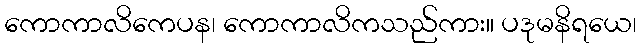
ကောကာလိကေပန၊ ကောကာလိကသည်ကား။ ပဒုမနိရယေ၊